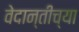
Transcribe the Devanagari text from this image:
वेदान्तीच्या